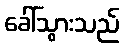
ခေါ်သွားသည်